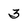
Character: 3